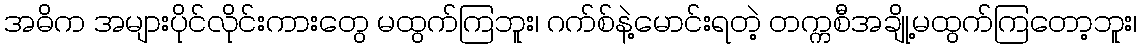
အဓိက အများပိုင်လိုင်းကားတွေ မထွက်ကြဘူး၊ ဂက်စ်နဲ့မောင်းရတဲ့ တက္ကစီအချို့မထွက်ကြတော့ဘူး၊